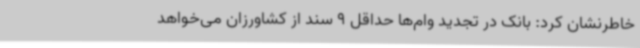
خاطرنشان کرد: بانک در تجدید وام‌ها حداقل 9 سند از کشاورزان می‌خواهد